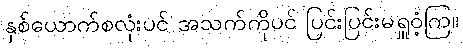
နှစ်ယောက်စလုံးပင် အသက်ကိုပင် ပြင်းပြင်းမရှူဝံ့ကြ။